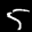
Label: 5